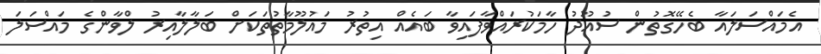
އެމައްސަލައާ ބެހޭގޮތުން ސުއޫދު ހާމަކުރައްވާފައިވާ ބައެއް އިތުރު މައުލޫމާތުތަކަށް ބަލާލާއިރު ލްވާންގެ މައްސަލަ